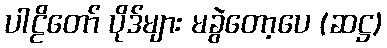
ပါဠိတော် ပိုဒ်များ မခွဲတော့ပေ (ဆဋ္ဌ)